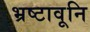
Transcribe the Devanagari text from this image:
भ्रष्टावूनि